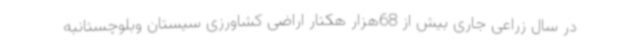
در سال زراعی جاری بیش از 68هزار هکتار اراضی کشاورزی سیستان وبلوچستانبه